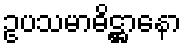
ဥပသမာဓိဋ္ဌာနော